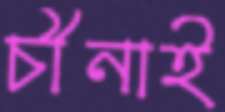
চীনাই